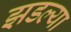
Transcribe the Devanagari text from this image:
झडल्या